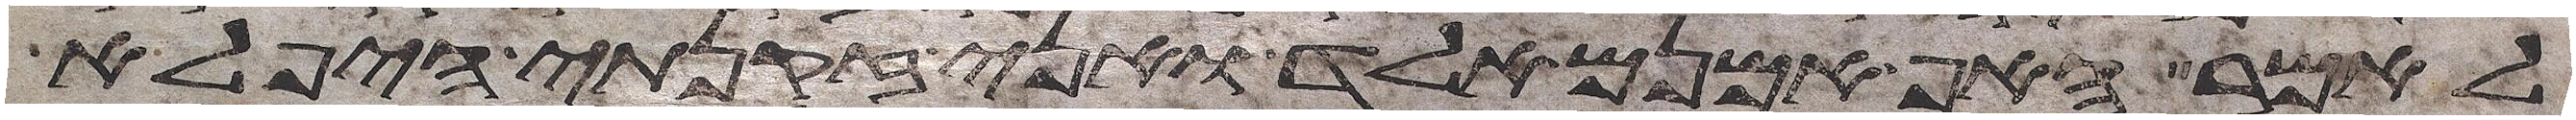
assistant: לאמר האף אמנם אלד ואני זקנתי היפלא